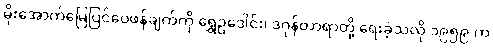
မိုးအောက်မြေပြင်ဝေဖန်ချက်ကို ရွှေဥဒေါင်း၊ ဒဂုန်တာရာတို့ ရေးခဲ့သလို ၁၉၅၉ က